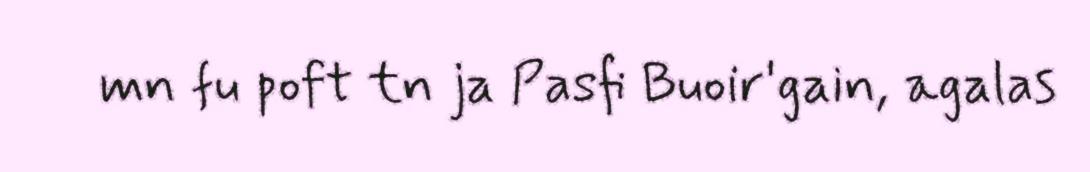
mn fu poft tn ja Pasfi Buoir'gain, agalas